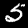
Label: 5